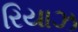
રિયાઝ